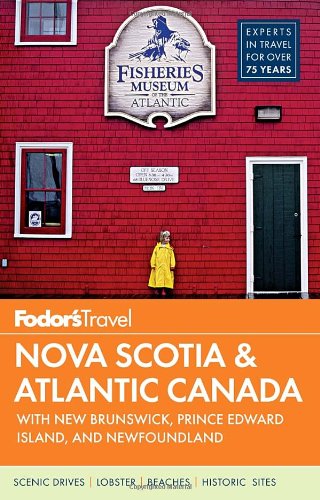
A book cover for Fodor's Nova Scotia & Atlantic Canada: with New Brunswick, Prince Edward Island, and Newfoundland (Travel Guide); Fodor's; Travel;